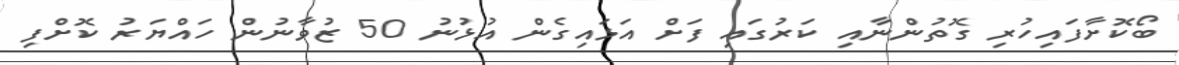
ބޯކޮށާފައިހުރި ގޮތުންނާއި ކަރުގައި ފަށް އަޅައިގެން އުޅުނު 50 ޒުވާނުން ހައްޔަރު ކޮށްފި